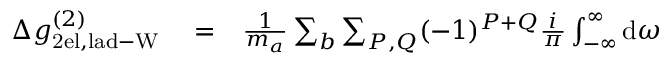
\begin{array} { r l r } { \Delta g _ { \mathrm { 2 e l , l a d - W } } ^ { ( 2 ) } } & { { } = } & { \frac { 1 } { m _ { a } } \sum _ { b } \sum _ { P , Q } ( - 1 ) ^ { P + Q } \frac { i } { \pi } \int _ { - \infty } ^ { \infty } \mathrm { d } \omega } \end{array}